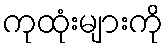
ကုထုံးများကို